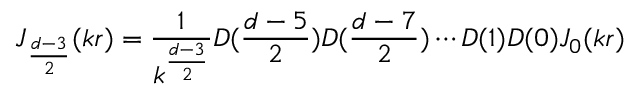
J _ { \frac { d - 3 } { 2 } } ( k r ) = \frac { 1 } { k ^ { \frac { d - 3 } { 2 } } } D ( \frac { d - 5 } { 2 } ) D ( \frac { d - 7 } { 2 } ) \cdots D ( 1 ) D ( 0 ) J _ { 0 } ( k r )